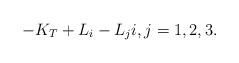
LaTeX: \begin{align*} -K_T+L_i-L_ji,j=1,2,3. \end{align*}